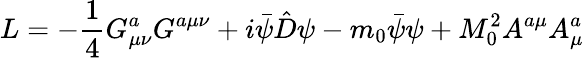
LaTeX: L=-\frac{1}{4}G_{\mu\nu}^{a}G^{a\mu\nu}+i\bar{\psi}\hat{D}\psi-m_{0}\bar{\psi}\psi+M_{0}^{2}A^{a\mu}A_{\mu}^{a}